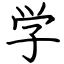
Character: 学